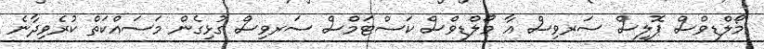
މޯލްޑިވްސް ޕޮލިސް ސަރވިސް އާ މޯލްޑިވްސް ކަސްޓަމްސް ސަރވިސް ގުޅިގެން މަސައްކަތް ކުރެވިދާނެ